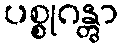
ပစ္စုဂန္တွာ